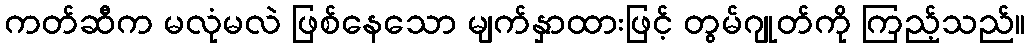
ကတ်ဆီက မလုံမလဲ ဖြစ်နေသော မျက်နှာထားဖြင့် တွမ်ဂျုတ်ကို ကြည့်သည်။